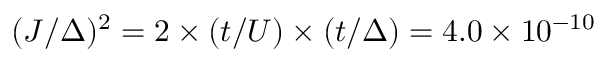
( J / \Delta ) ^ { 2 } = 2 \times ( t / U ) \times ( t / \Delta ) = 4 . 0 \times 1 0 ^ { - 1 0 }